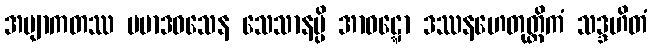
အဗျာကတဿ ပမာဒဝသေန သေသာနမ္ပိ အာဝဋ္ဋော ဒဿနဟေတုတ္တိကံ သဒ္ဒဟိတံ